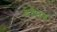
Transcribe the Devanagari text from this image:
इदैनरु